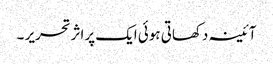
آئینہ دکھاتی ہوئی ایک پراثرتحریر ۔